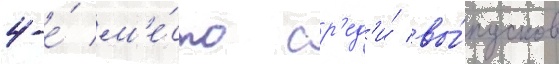
4-е́ м'е́сто ср'ед'и́ вы́пусков